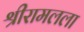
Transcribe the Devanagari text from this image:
श्रीरामलला